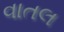
વાતલ